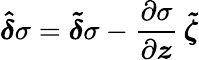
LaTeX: \boldsymbol{\hat{\delta}}\sigma=\boldsymbol{\tilde{\delta}}\sigma-\frac{\partial\sigma}{\partial\boldsymbol{z}}\, \boldsymbol{\tilde{\zeta}}